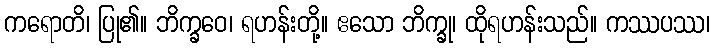
ကရောတိ၊ ပြု၏။ ဘိက္ခဝေ၊ ရဟန်းတို့။ ဧသော ဘိက္ခု၊ ထိုရဟန်းသည်။ ကဿပဿ၊